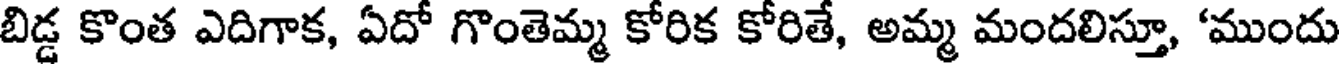
బిడ్డ కొంత ఎదిగాక, ఏదో గొంతెమ్మ కోరిక కోరితే, అమ్మ మందలిస్తూ, 'ముందు